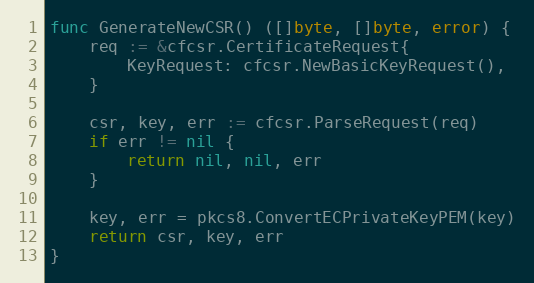
Language: Go
func GenerateNewCSR() ([]byte, []byte, error) {
	req := &cfcsr.CertificateRequest{
		KeyRequest: cfcsr.NewBasicKeyRequest(),
	}

	csr, key, err := cfcsr.ParseRequest(req)
	if err != nil {
		return nil, nil, err
	}

	key, err = pkcs8.ConvertECPrivateKeyPEM(key)
	return csr, key, err
}